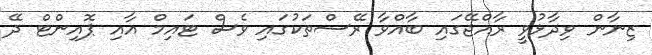
ޒިނާން ވިދާޅުވީ ރާއްޖޭގައި ބާއްވާ ރޭސްތަކުގައި ވެސް ޓައިމް އާއި ޕޮއިންޓް ދޭ